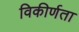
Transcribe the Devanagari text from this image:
विकीर्णता